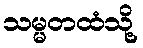
သမ္မတထံသို့